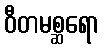
ဝီတမစ္ဆရော